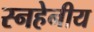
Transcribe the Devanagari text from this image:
स्नहेनीय